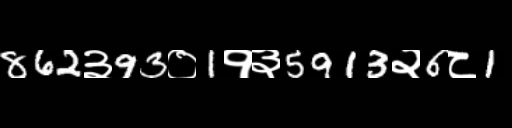
Text: 862३93०1१३5913२6८1